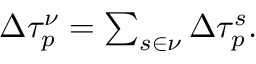
\begin{array} { r } { \Delta \tau _ { p } ^ { \nu } = \sum _ { s \in \nu } \Delta \tau _ { p } ^ { s } . } \end{array}